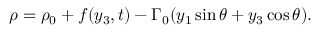
\begin{array} { r } { \rho = \rho _ { 0 } + f ( y _ { 3 } , t ) - \Gamma _ { 0 } ( y _ { 1 } \sin \theta + y _ { 3 } \cos \theta ) . } \end{array}